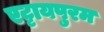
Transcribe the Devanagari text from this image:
एट्टायपुरम